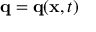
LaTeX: \mathbf { q } = \mathbf { q } ( \mathbf { x } , t )